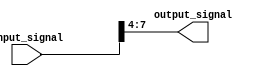
module bit_select_assign (
    input [7:0] input_signal, // 8-bit input signal
    output reg [3:0] output_signal // 4-bit output signal
);

always @(*) begin
    output_signal[3:0] = input_signal[7:4]; // Assign bits 7 to 4 of input_signal to output_signal
end

endmodule